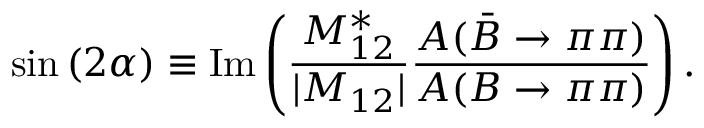
\sin { ( 2 \alpha ) } \equiv \mathrm { I m } \left( { \frac { M _ { 1 2 } ^ { * } } { | M _ { 1 2 } | } } { \frac { A ( \bar { B } \rightarrow \pi \pi ) } { A ( B \rightarrow \pi \pi ) } } \right) .